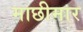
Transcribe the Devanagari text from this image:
माछीमार